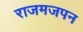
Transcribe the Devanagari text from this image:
राजमजपन